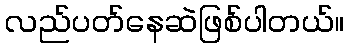
လည်ပတ်နေဆဲဖြစ်ပါတယ်။